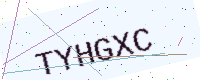
Text: TYHGXC